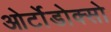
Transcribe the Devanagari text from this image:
ओर्टोडोक्सो